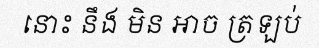
នោះ នឹង មិន ឤច ត្រឡប់